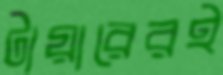
টায়ারেরই